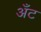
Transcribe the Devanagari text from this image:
अँट